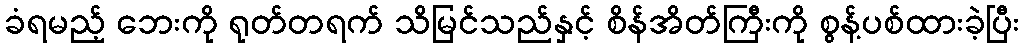
ခံရမည့် ဘေးကို ရုတ်တရက် သိမြင်သည်နှင့် စိန်အိတ်ကြီးကို စွန့်ပစ်ထားခဲ့ပြီး